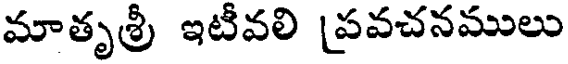
మాతృశ్రీ ఇటీవలి ప్రవచనములు